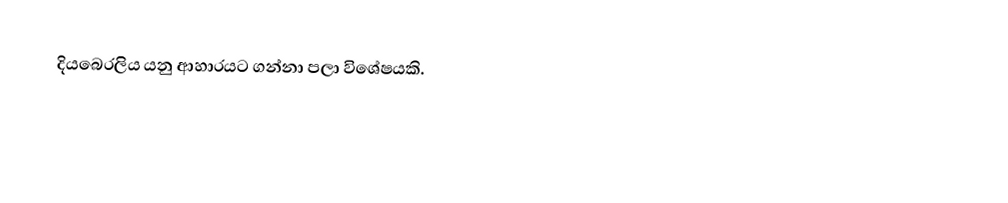
දියබෙරලිය යනු ආහාරයට ගන්නා පලා විශේෂයකි.